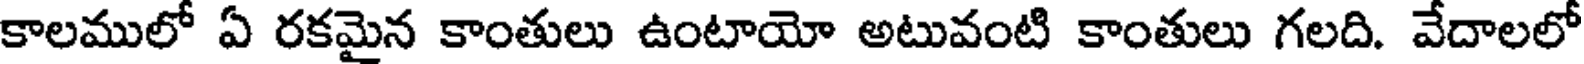
కాలములో ఏ రకమైన కాంతులు ఉంటాయో అటువంటి కాంతులు గలది. వేదాలలో